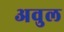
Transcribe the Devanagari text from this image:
अवुल